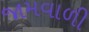
જામવાળી